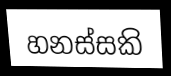
හනස්සකි